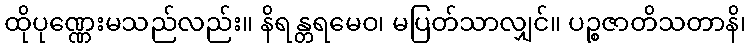
ထိုပုဏ္ဏေးမသည်လည်း။ နိရန္တရမေဝ၊ မပြတ်သာလျှင်။ ပဉ္စဇာတိသတာနိ၊